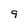
Character: 9